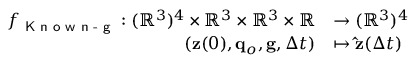
\begin{array} { r l } { f _ { \textsf { K n o w n - g } } : ( \mathbb R ^ { 3 } ) ^ { 4 } \times \mathbb { R } ^ { 3 } \times \mathbb { R } ^ { 3 } \times \mathbb R } & { \to ( \mathbb R ^ { 3 } ) ^ { 4 } } \\ { ( \mathbf { z } ( 0 ) , \mathbf { q } _ { o } , \mathbf { g } , \Delta t ) } & { \mapsto \mathbf { \hat { z } } ( \Delta t ) } \end{array}